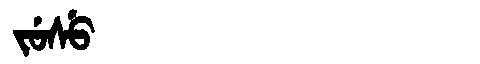
Manchu: ᠵᡠᠰᡠ
Romanization: JUSU